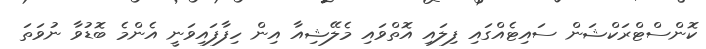
ކޮންސްޓްރަކްޝަން ސައިޓެއްގައި ފިލައި އޮތްވައި މެލޭޝިއާ އިން ހިފާފައިވަނީ އެންމެ ބޮޑުވާ ނުވަތަ